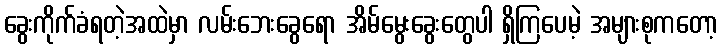
ခွေးကိုက်ခံရတဲ့အထဲမှာ လမ်းဘေးခွေရော အိမ်မွေးခွေးတွေပါ ရှိကြပေမဲ့ အများစုကတော့